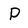
Character: P